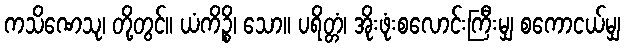
ကသိဏေသု၊ တို့တွင်။ ယံကိဉ္စိ၊ သော။ ပရိတ္တံ၊ အိုးဖုံးစလောင်းကြီးမျှ စကောငယ်မျှ